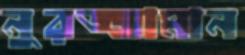
নুরজ্জামান